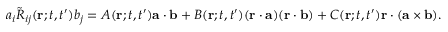
a _ { i } \tilde { R } _ { i j } ( { \bf { r } } ; t , t ^ { \prime } ) b _ { j } = A ( { \bf { r } } ; t , t ^ { \prime } ) { \bf { a } } \cdot { \bf { b } } + B ( { \bf { r } } ; t , t ^ { \prime } ) ( { \bf { r } } \cdot { \bf { a } } ) ( { \bf { r } } \cdot { \bf { b } } ) + C ( { \bf { r } } ; t , t ^ { \prime } ) { \bf { r } } \cdot ( { \bf { a } } \times { \bf { b } } ) .